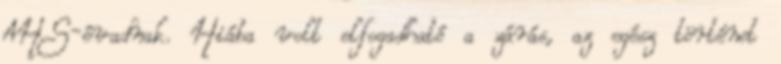
AHS-évadnak. Hiába volt elfogadható a zárás, az egész történet